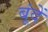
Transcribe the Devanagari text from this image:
बूंंदें